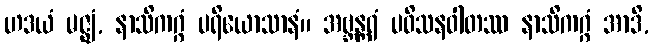
ဟဒယံ မဇ္ဈံ, နာသိကဂ္ဂံ ပရိယောသာနံ။ အဗ္ဘန္တရံ ပဝိသနဝါတဿ နာသိကဂ္ဂံ အာဒိ,